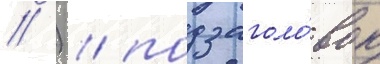
// ) / подзаголо́вок